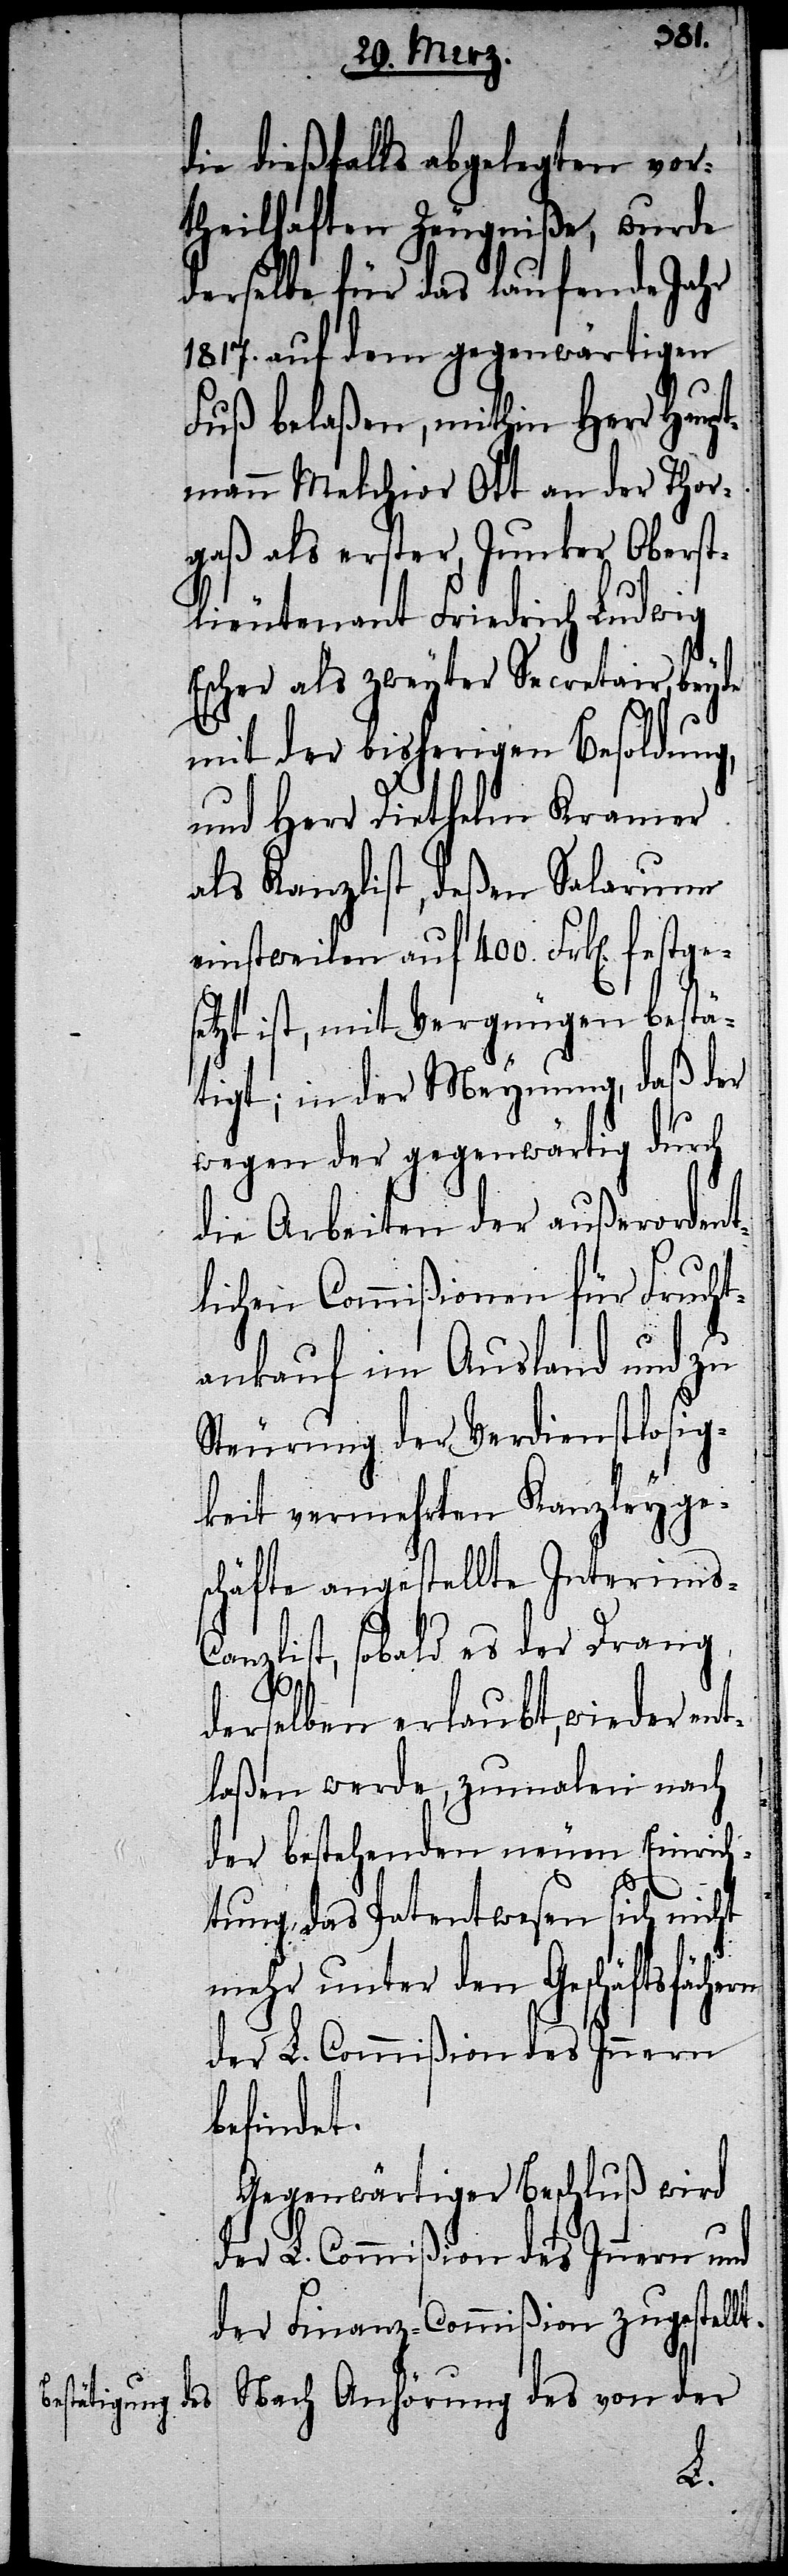
die dießfalls abgelegten vor¬
theilhaften Zeugniße, wurde
derselbe für das laufende Jahr
1817. auf dem gegenwärtigen
Fuß belaßen, mithin Herr Haupt¬
mann Melchior Ott an der Thor¬
gaß als erster, Junker Oberst¬
lieutenant Friedrich Ludwig
Escher als zweyter Secretair, beyde
mit der bisherigen Besoldung,
und Herr Diethelm Kramer
als Kanzlist, deßen Salarium
einstweilen auf 400. Frk[en].
etzt ist, mit Vergnügen bestä¬
tigt; in der Meynung, daß der
wegen der gegenwärtig durch
die Arbeiten der außerordent¬
lichen Commißionen für Frucht¬
ankauf im Ausland und zu
Steurung der Verdienstlosig¬
keit vermehrten Kanzleyges¬
chäfte angestellte Interims-C¬
anzlist, sobald es der Drang
derselben erlaubt, wieder ent¬
laßen werde, zumalen nach
der bestehenden neuen Einrich¬
tung das Patentwesen sich nicht
mehr unter den Geschäftsfächern
der L. Commißion des Innern
befindet.
Gegenwärtiger Beschluß wird
der L. Commißion des Innern und
der Finanz-Commißion zugestellt.
Nach Anhörung des von der